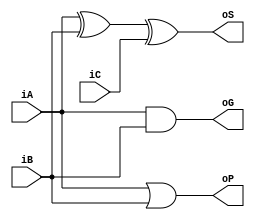
`timescale 1ns / 1ps
module FA
(
	iA,
	iB,
	iC,
	oS,
	oP,
    oG
);

    input iA;
	input iB;
	input iC;

	output oS;
	output oP;
    output oG;

	assign oG=iA&iB;
	assign oP=iA|iB;
	assign oS=iA^iB^iC;
    
endmodule